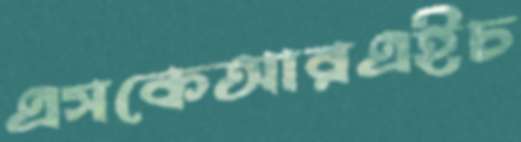
এসকেআরএইচ